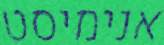
אנימיסט